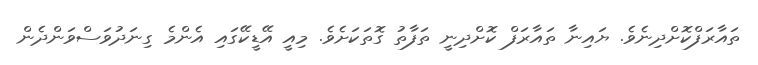
ތައާރަފްކޮށްދިނެވެ. ޔައިނާ ތައާރަފް ކޮށްދިނީ ތަފާތު ގޮތަކަށެވެ. މިއީ އޭޑީކޭގައި އެންމެ ގިނަދުވަސްވަންދެން